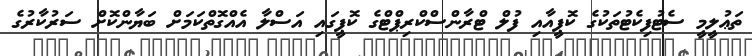
ތަޢުލީމީ ސެޓުފިކެޓުތަކުގެ ކޮޕީއާއި ފުލް ޓްރާންސްކްރިޕްޓްގެ ކޮޕީގައި އަސްލާ އެއްގޮތްކަމަށް ބަޔާންކޮށް ސަރުކާރުގެ